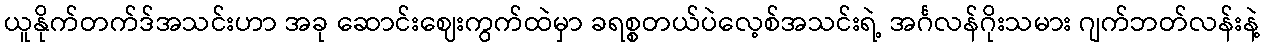
ယူနိုက်တက်ဒ်အသင်းဟာ အခု ဆောင်းဈေးကွက်ထဲမှာ ခရစ္စတယ်ပဲလေ့စ်အသင်းရဲ့ အင်္ဂလန်ဂိုးသမား ဂျက်ဘတ်လန်းနဲ့